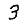
Digit: 3